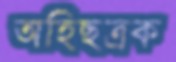
অহিছত্রক